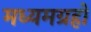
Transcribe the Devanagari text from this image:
मध्यमग्रहों